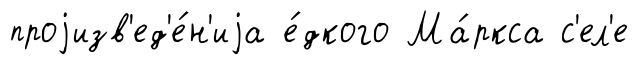
проjизв'ед'е́н'иjа е́дкого Ма́ркса с'ел'е